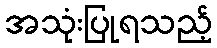
အသုံးပြုရသည့်